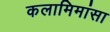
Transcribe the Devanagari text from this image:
कलामिमांसा